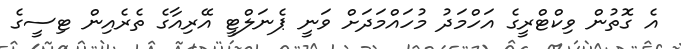
އެ ގޮތުން ވިކްޓްރީގެ އަހްމަދު މުހައްމަދަށް ވަނީ ޕެނަލްޓީ އޭރިއާގެ ތެރެއިން ޓިސީގެ